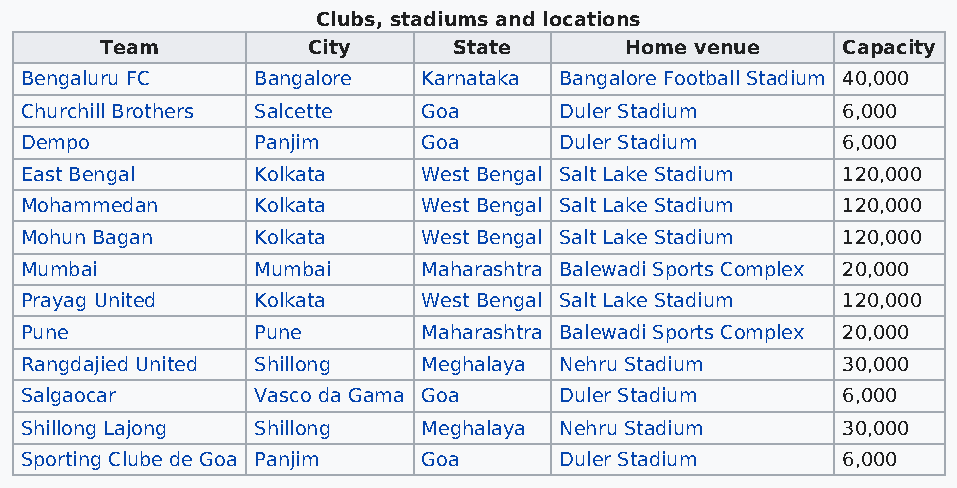
Clubs, stadiums and locations
 Team         City      State      Home venue     Capacity
 Bengaluru FC    Bangalore  Karnataka Bangalore Football Stadium 40,000
 Churchill Brothers Salcette Goa     Duler Stadium      6,000
 Dempo           Panjim     Goa      Duler Stadium      6,000
 East Bengal     Kolkata    West Bengal Salt Lake Stadium 120,000
 Mohammedan      Kolkata    West Bengal Salt Lake Stadium 120,000
 Mohun Bagan     Kolkata    West Bengal Salt Lake Stadium 120,000
 Mumbai          Mumbai     Maharashtra Balewadi Sports Complex 20,000
 Prayag United   Kolkata    West Bengal Salt Lake Stadium 120,000
 Pune            Pune       Maharashtra Balewadi Sports Complex 20,000
 Rangdajied United Shillong Meghalaya Nehru Stadium     30,000
 Salgaocar       Vasco da Gama Goa   Duler Stadium      6,000
 Shillong Lajong Shillong   Meghalaya Nehru Stadium     30,000
 Sporting Clube de Goa Panjim Goa    Duler Stadium      6,000